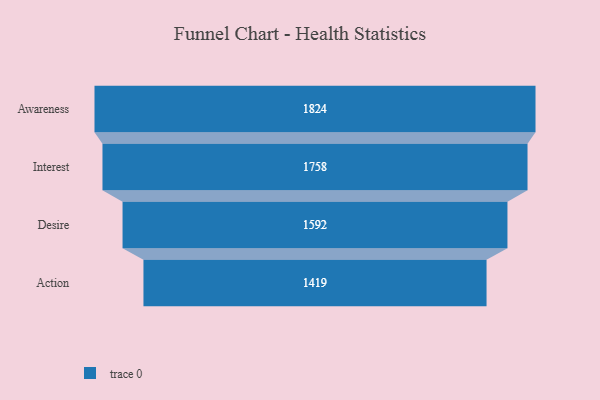
{"axis": {"x": "Stage", "y": "Value"}, "legend": [""], "data": [{"x": "Awareness", "y": 1824.0, "type": ""}, {"x": "Interest", "y": 1758.0, "type": ""}, {"x": "Desire", "y": 1592.0, "type": ""}, {"x": "Action", "y": 1419.0, "type": ""}]}